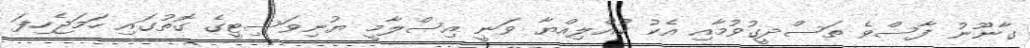
ގާނޫނު ފާސްވެ ތަސްދީގުވުމާއި އެކު ކުއްލިއްޔާ ވަނީ އިސްލާމީ ޔުނިވަސިޓީގެ ގޮތުގައި ހަަމަޖެހިފަ